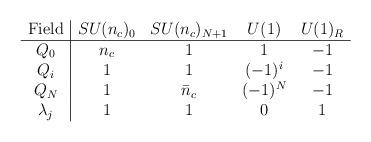
LaTeX: \begin{align*}\begin{array}[]{c|c c c c}{\rm Field} & SU(n_c)_0 & SU(n_c)_{N+1} & U(1) & U(1)_R\\\hline Q_0 & n_c & 1 & 1 & -1 \\ Q_i & 1 & 1 & (-1)^i & -1 \\ Q_N & 1 & \bar n_c & (-1)^N & -1 \\ \lambda_j & 1 & 1 & 0 & 1 \\\end{array}\end{align*}